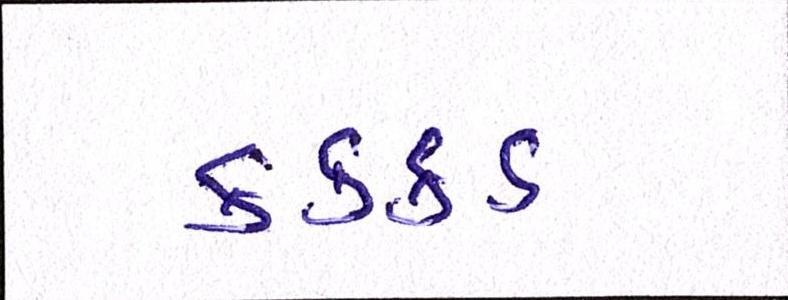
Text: કક્કડ